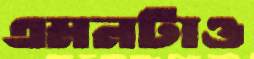
এমনটাও